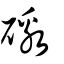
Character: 礉